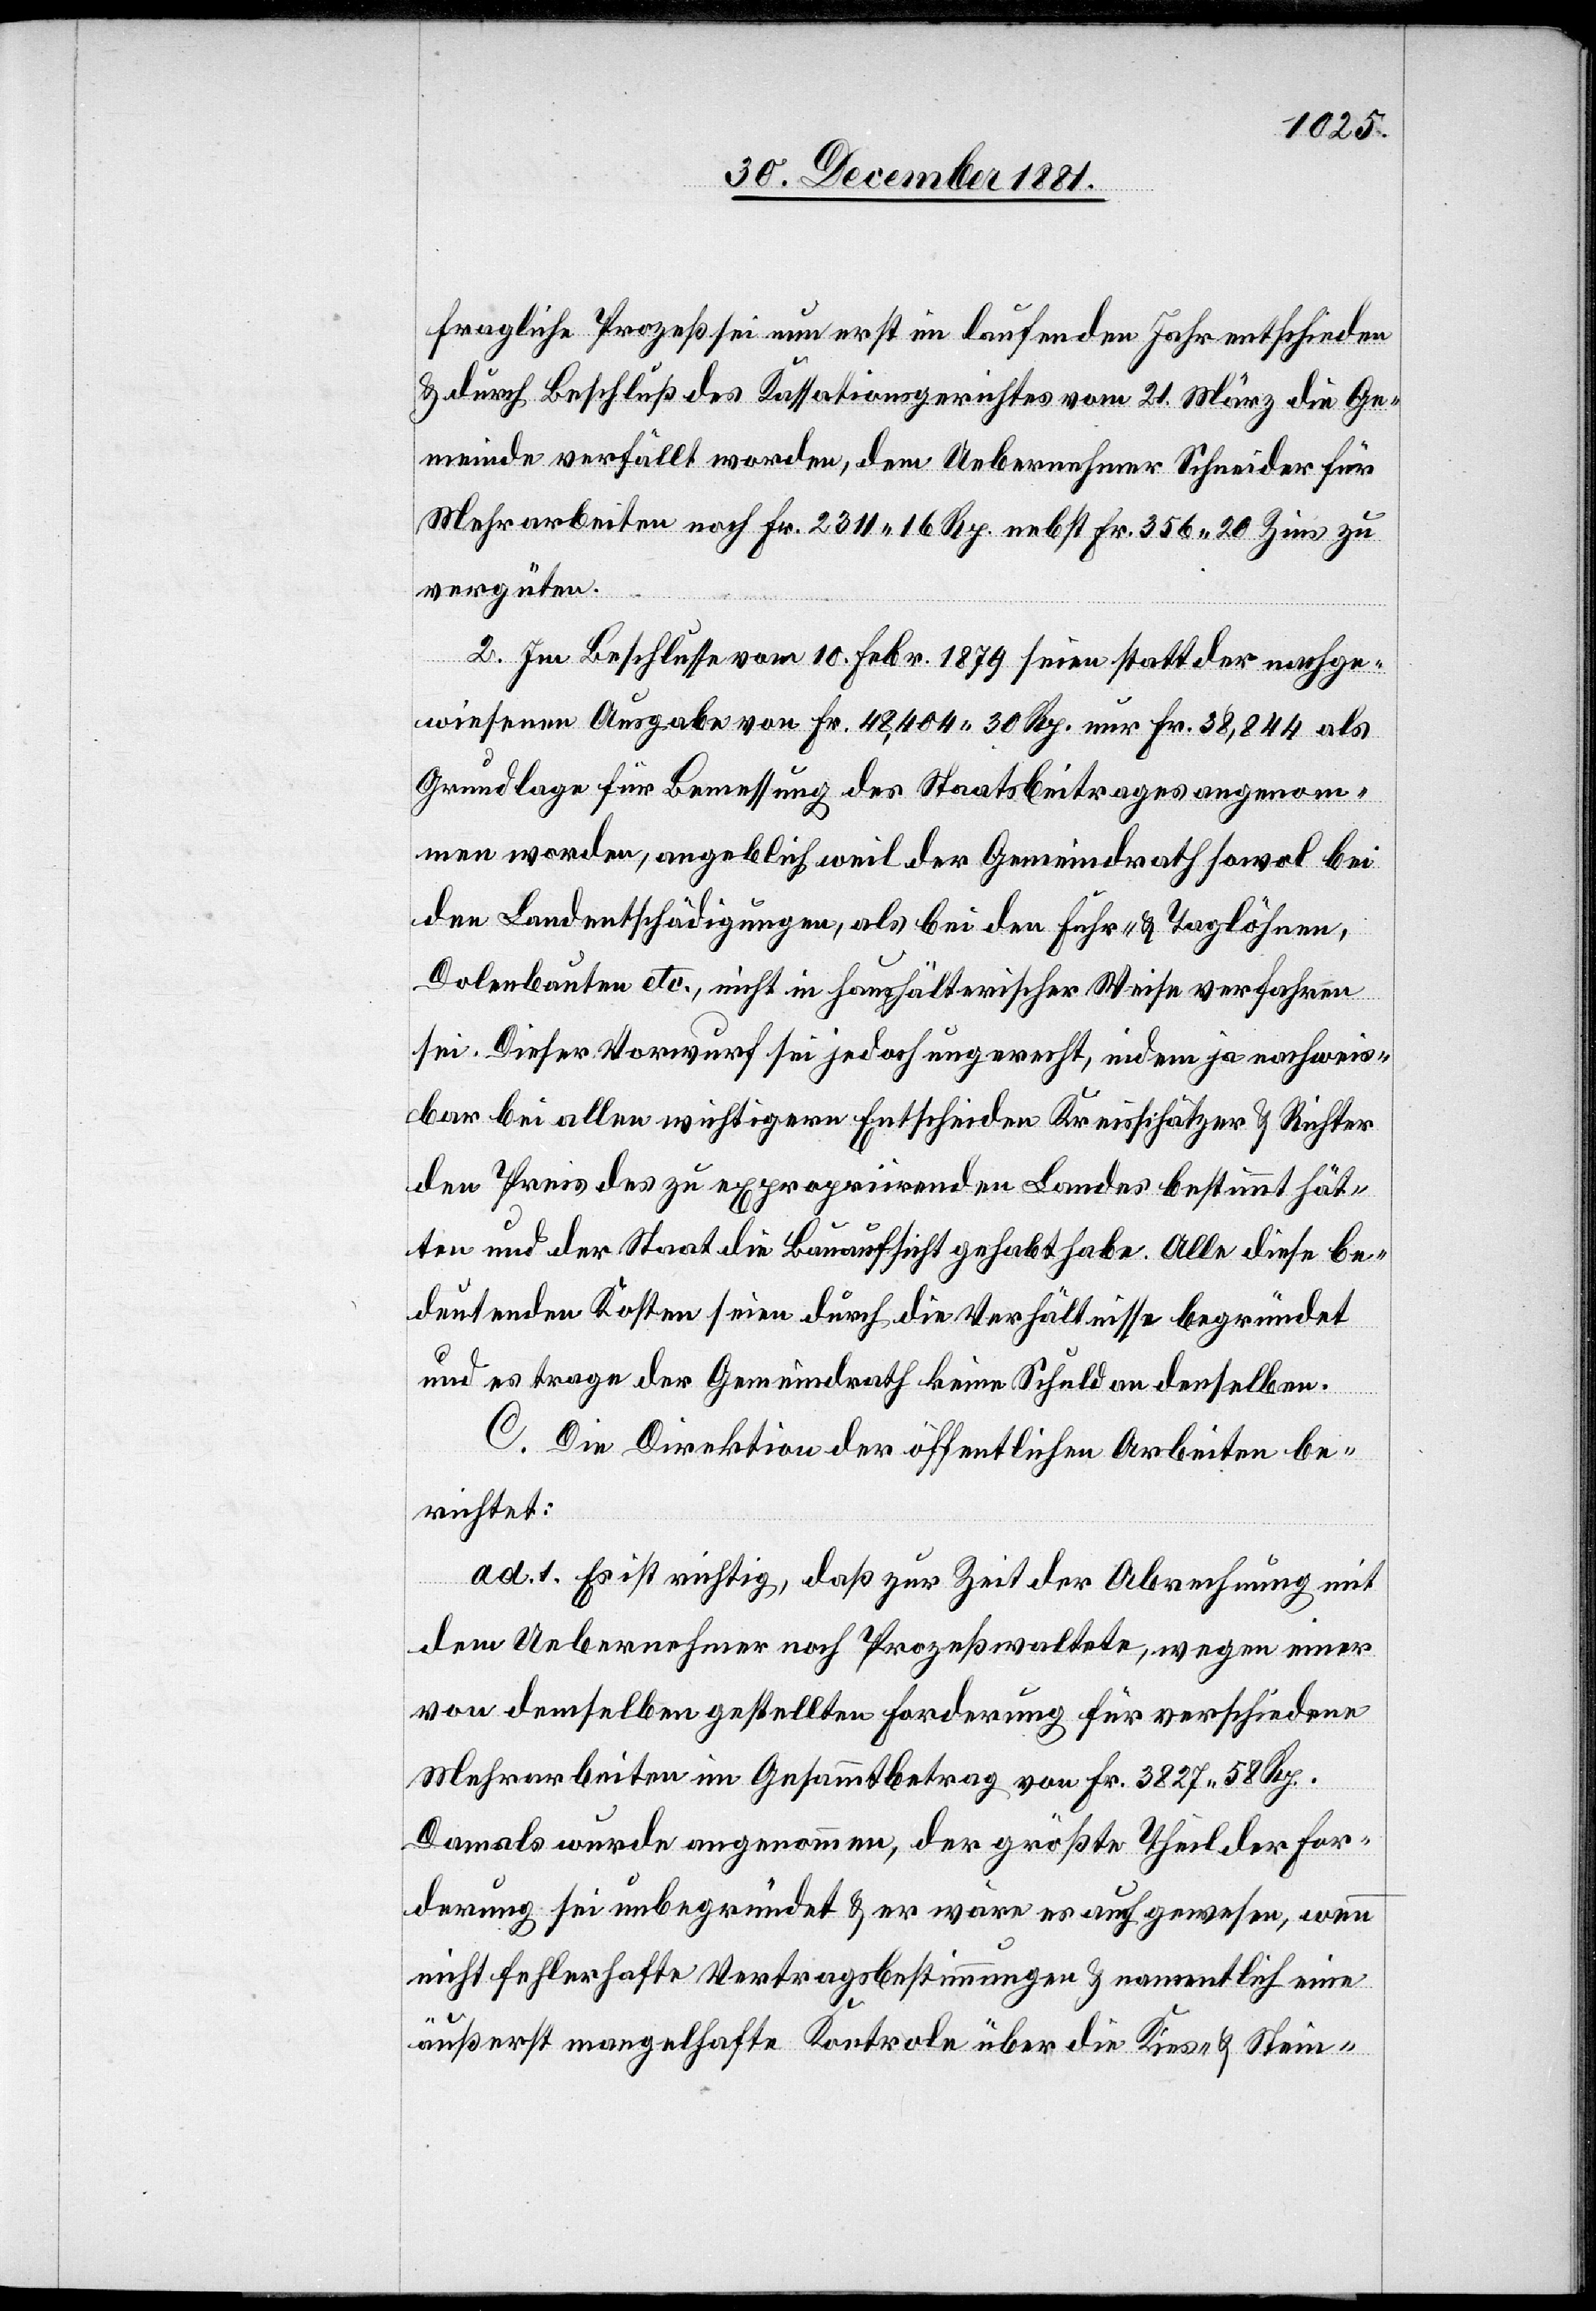
fragliche Prozeß sei nun erst im laufenden Jahr entschieden
& durch Beschluß des Kassationsgerichtes vom 21. März die Ge¬
meinde verfällt worden, dem Uebernehmer Schneider für
Mehrarbeiten noch Fr. 231. 16 Rp. nebst Fr. 356.20 Zins zu
vergüten.
2. Im Beschlusse vom 10. Febr. 1879 seien statt der nachge¬
wiesenen Ausgabe von Fr. 48,404. 30 Rp. nur Fr. 38,844 als
Grundlage für Bemessung des Staatsbeitrages angenom¬
men worden, angeblich weil der Gemeindrath sowol bei
den Landentschädigungen, als bei den Fuhr- & Taglöhnen,
Dolenbauten etc., nicht in haushälterischer Weise verfahren
sei. Dieser Vorwurf sei jedoch ungerecht, indem ja nachweis¬
bar bei allen wichtigern Entscheiden Kreisschätzer & Richter
den Preis des zu expropriirenden Landes bestimmt hät¬
ten und der Staat die Bauaufsicht gehabt habe. Alle diese be¬
deutenden Kosten seien durch die Verhältnisse begründet
und es trage der Gemeindrath keine Schuld an denselben.
C. Die Direktion der öffentlichen Arbeiten be¬
richtet:
ad. 1. Es ist richtig, daß zur Zeit der Abrechnung mit
dem Uebernehmer noch Prozeß obwaltete, wegen einer
von demselben gestellten Forderung für verschiedene
Mehrarbeiten im Gesammtbetrag von Fr. 3827. 58 Rp.
Damals wurde angenommen, der größte Theil der For¬
derung sei unbegründet & er wäre es auch gewesen, wenn
nicht fehlerhafte Vertragsbestimmungen & namentlich eine
äußerst mangelhafte Kontrole über die Kies- & Stein-